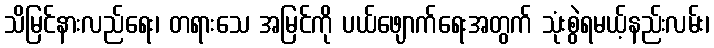
သိမြင်နားလည်ရေး၊ တရားသေ အမြင်ကို ပယ်ဖျောက်ရေးအတွက် သုံးစွဲရမယ့်နည်းလမ်း၊